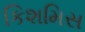
કિશમિસ